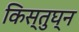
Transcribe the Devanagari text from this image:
किस्तुघ्न